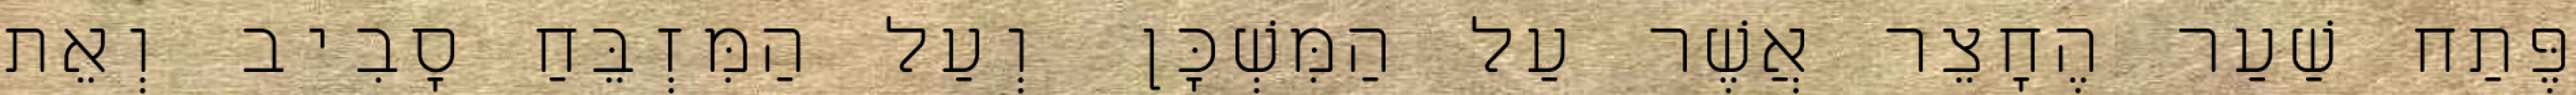
פֶּתַח שַׁעַר הֶחָצֵר אֲשֶׁר עַל הַמִּשְׁכָּן וְעַל הַמִּזְבֵּחַ סָבִיב וְאֵת